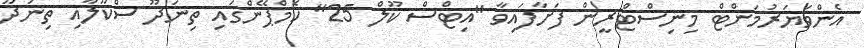
އެންވަޔަރުމަންޓް މިނިސްޓްރީން ފަށާފައިވާ "އިޓްސް ކޫލް 25" ކެމްޕޭންގައި ތިނަދޫ ސްކޫލާއި ތިނަދޫ